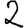
Digit: 2